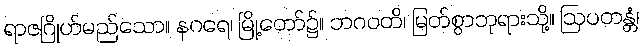
ရာဇဂြိုဟ်မည်သော။ နဂရေ၊ မြို့တော်၌။ ဘဂဝတိ၊ မြတ်စွာဘုရားသို့။ ဩပတန္တံ၊